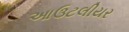
આઉટલીયર